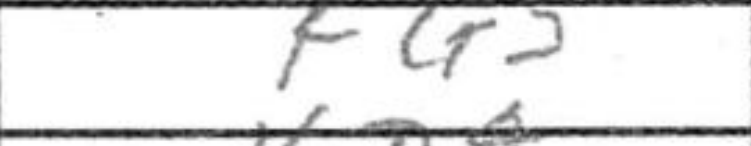
Transcription: Kg5